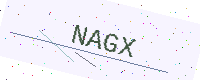
Text: NAGX